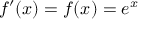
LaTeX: f ^ { \prime } ( x ) = f ( x ) = e ^ { x }